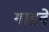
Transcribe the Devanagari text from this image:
गाडवे